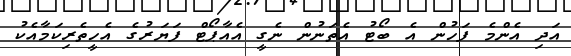
އަދި އެންމެ ފަހުން އެ ބޯޓު އެތަނުން ނެގީ އެއާޕޯޓް ފަޔަރުގެ އެހީތެރިކަމާއެކު